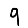
Digit: 9